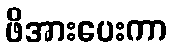
ဖိအားပေးကာ